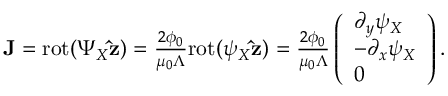
\begin{array} { r } { { \bf J } = \mathrm { r o t } ( \Psi _ { X } { \bf \hat { z } } ) = \frac { 2 \phi _ { 0 } } { \mu _ { 0 } \Lambda } \mathrm { r o t } ( \psi _ { X } { \bf \hat { z } } ) = \frac { 2 \phi _ { 0 } } { \mu _ { 0 } \Lambda } \left( \begin{array} { l } { \partial _ { y } \psi _ { X } } \\ { - \partial _ { x } \psi _ { X } } \\ { 0 } \end{array} \right) . } \end{array}